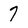
Character: 7